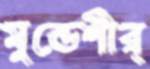
মুন্ডেশীর্